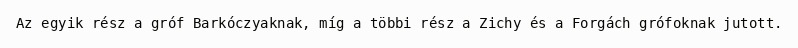
Az egyik rész a gróf Barkóczyaknak, míg a többi rész a Zichy és a Forgách grófoknak jutott.